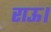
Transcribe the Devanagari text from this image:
राऊ।